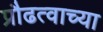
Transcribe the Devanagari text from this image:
प्रौढत्वाच्या